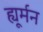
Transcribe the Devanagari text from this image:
ह्यूर्मन